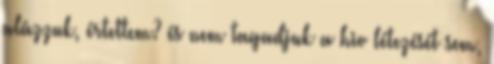
alázzuk, értettem? és nem tagadjuk a hiv létezését sem,